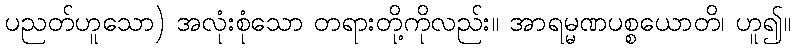
ပညတ်ဟူသော) အလုံးစုံသော တရားတို့ကိုလည်း။ အာရမ္မဏပစ္စယောတိ၊ ဟူ၍။